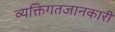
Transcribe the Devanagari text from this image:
व्यक्तिगतजानकारी